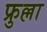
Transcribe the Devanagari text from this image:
फ्रुल्ला